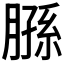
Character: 𫆮